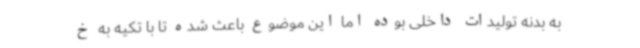
به بدنه تولیدات داخلی بوده اما این موضوع باعث شده تا با تکیه به خ